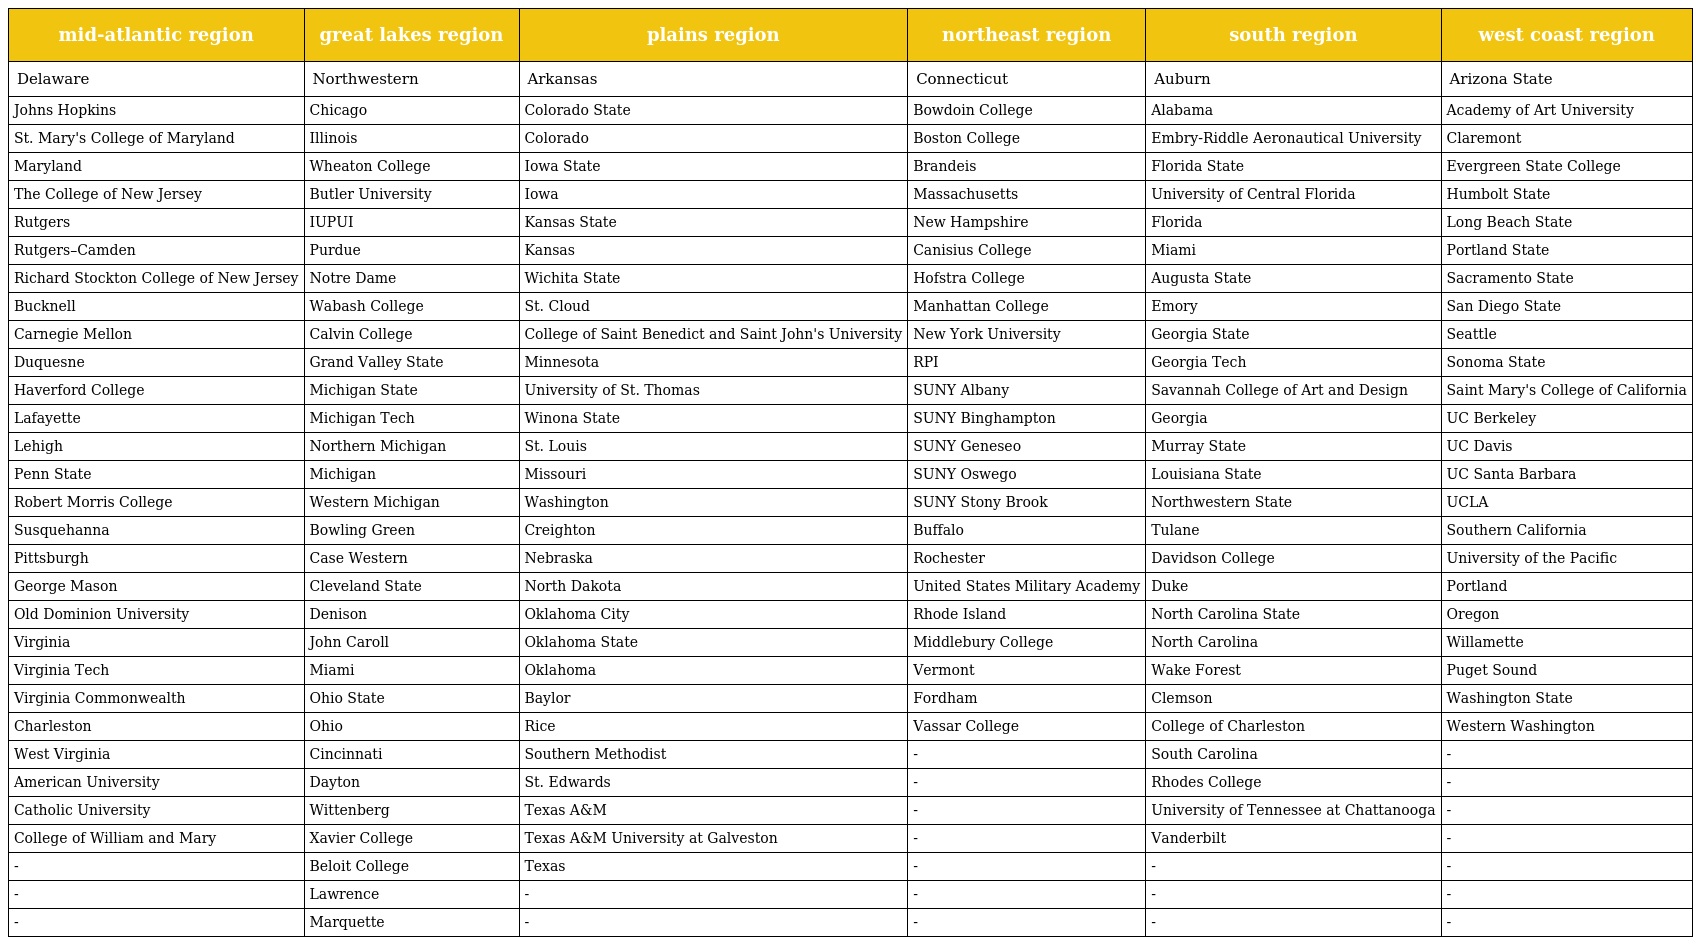
| mid-atlantic region | great lakes region | plains region | northeast region | south region | west coast region |
 | --- | --- | --- | --- | --- | --- |
 | Delaware | Northwestern | Arkansas | Connecticut | Auburn | Arizona State |
 | Johns Hopkins | Chicago | Colorado State | Bowdoin College | Alabama | Academy of Art University |
 | St. Mary's College of Maryland | Illinois | Colorado | Boston College | Embry-Riddle Aeronautical University | Claremont |
 | Maryland | Wheaton College | Iowa State | Brandeis | Florida State | Evergreen State College |
 | The College of New Jersey | Butler University | Iowa | Massachusetts | University of Central Florida | Humbolt State |
 | Rutgers | IUPUI | Kansas State | New Hampshire | Florida | Long Beach State |
 | Rutgers–Camden | Purdue | Kansas | Canisius College | Miami | Portland State |
 | Richard Stockton College of New Jersey | Notre Dame | Wichita State | Hofstra College | Augusta State | Sacramento State |
 | Bucknell | Wabash College | St. Cloud | Manhattan College | Emory | San Diego State |
 | Carnegie Mellon | Calvin College | College of Saint Benedict and Saint John's University | New York University | Georgia State | Seattle |
 | Duquesne | Grand Valley State | Minnesota | RPI | Georgia Tech | Sonoma State |
 | Haverford College | Michigan State | University of St. Thomas | SUNY Albany | Savannah College of Art and Design | Saint Mary's College of California |
 | Lafayette | Michigan Tech | Winona State | SUNY Binghampton | Georgia | UC Berkeley |
 | Lehigh | Northern Michigan | St. Louis | SUNY Geneseo | Murray State | UC Davis |
 | Penn State | Michigan | Missouri | SUNY Oswego | Louisiana State | UC Santa Barbara |
 | Robert Morris College | Western Michigan | Washington | SUNY Stony Brook | Northwestern State | UCLA |
 | Susquehanna | Bowling Green | Creighton | Buffalo | Tulane | Southern California |
 | Pittsburgh | Case Western | Nebraska | Rochester | Davidson College | University of the Pacific |
 | George Mason | Cleveland State | North Dakota | United States Military Academy | Duke | Portland |
 | Old Dominion University | Denison | Oklahoma City | Rhode Island | North Carolina State | Oregon |
 | Virginia | John Caroll | Oklahoma State | Middlebury College | North Carolina | Willamette |
 | Virginia Tech | Miami | Oklahoma | Vermont | Wake Forest | Puget Sound |
 | Virginia Commonwealth | Ohio State | Baylor | Fordham | Clemson | Washington State |
 | Charleston | Ohio | Rice | Vassar College | College of Charleston | Western Washington |
 | West Virginia | Cincinnati | Southern Methodist | - | South Carolina | - |
 | American University | Dayton | St. Edwards | - | Rhodes College | - |
 | Catholic University | Wittenberg | Texas A&M | - | University of Tennessee at Chattanooga | - |
 | College of William and Mary | Xavier College | Texas A&M University at Galveston | - | Vanderbilt | - |
 | - | Beloit College | Texas | - | - | - |
 | - | Lawrence | - | - | - | - |
 | - | Marquette | - | - | - | - |